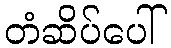
တံဆိပ်ပေါ်